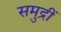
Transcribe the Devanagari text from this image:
समुद्रीं